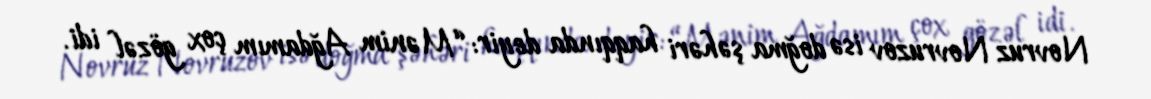
Novruz Novruzov isə doğma şəhəri haqqında deyir: “Mənim Ağdamım çox gözəl idi.